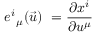
e _ { \; \; \mu } ^ { i } ( \vec { u } ) \ = \frac { \partial x ^ { i } } { \partial u ^ { \mu } }